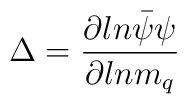
\Delta={\partial ln \bar\psi\psi \over \partial ln m_q}